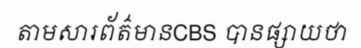
តាមសារព័ត៌មានCBS បានផ្សាយថា